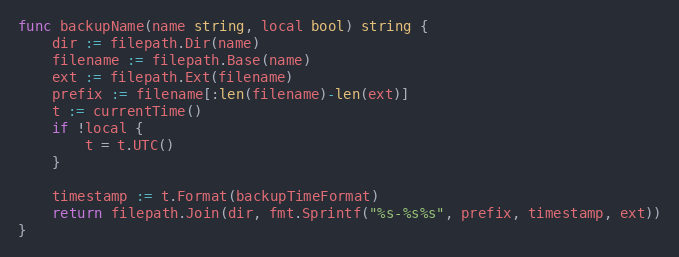
Language: Go
func backupName(name string, local bool) string {
	dir := filepath.Dir(name)
	filename := filepath.Base(name)
	ext := filepath.Ext(filename)
	prefix := filename[:len(filename)-len(ext)]
	t := currentTime()
	if !local {
		t = t.UTC()
	}

	timestamp := t.Format(backupTimeFormat)
	return filepath.Join(dir, fmt.Sprintf("%s-%s%s", prefix, timestamp, ext))
}